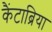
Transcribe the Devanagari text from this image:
कैंटाब्रिया